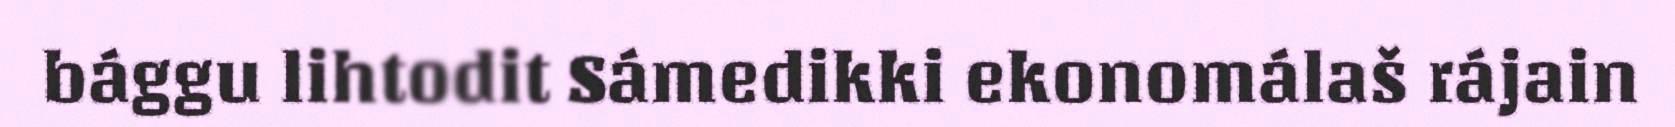
bággu lihtodit Sámedikki ekonomálaš rájain